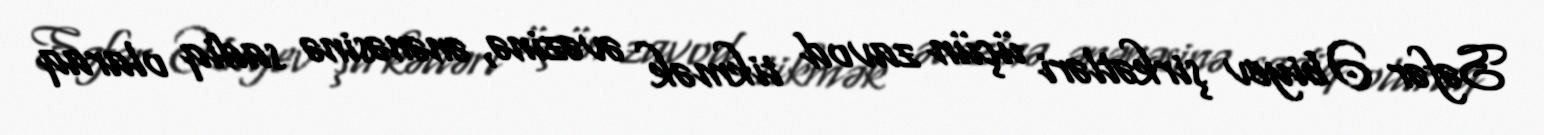
Səfər Əbiyev şirkətləri üçün zavod tikmək əvəzinə, ənənəsinə sadiq olaraq